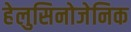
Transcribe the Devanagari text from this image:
हेलुसिनोजेनिक